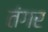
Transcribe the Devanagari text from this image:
तंगर